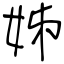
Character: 姊